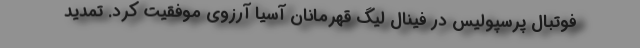
فوتبال پرسپولیس در فینال لیگ قهرمانان آسیا آرزوی موفقیت کرد. تمدید